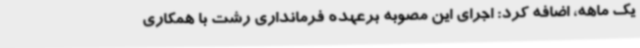
یک ماهه، اضافه کرد: اجرای این مصوبه برعهده فرمانداری رشت با همکاری